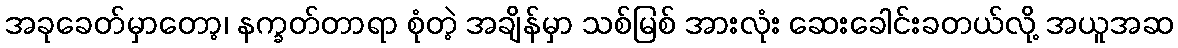
အခုခေတ်မှာတော့၊ နက္ခတ်တာရာ စုံတဲ့ အချိန်မှာ သစ်မြစ် အားလုံး ဆေးခေါင်းခတယ်လို့ အယူအဆ